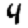
Digit: 4